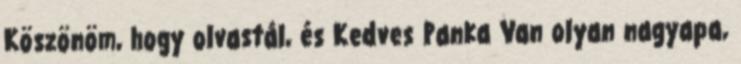
Köszönöm, hogy olvastál, és Kedves Panka Van olyan nagyapa,